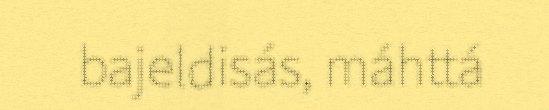
bajeldisás, máhttá